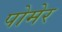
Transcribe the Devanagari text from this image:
पोमेर